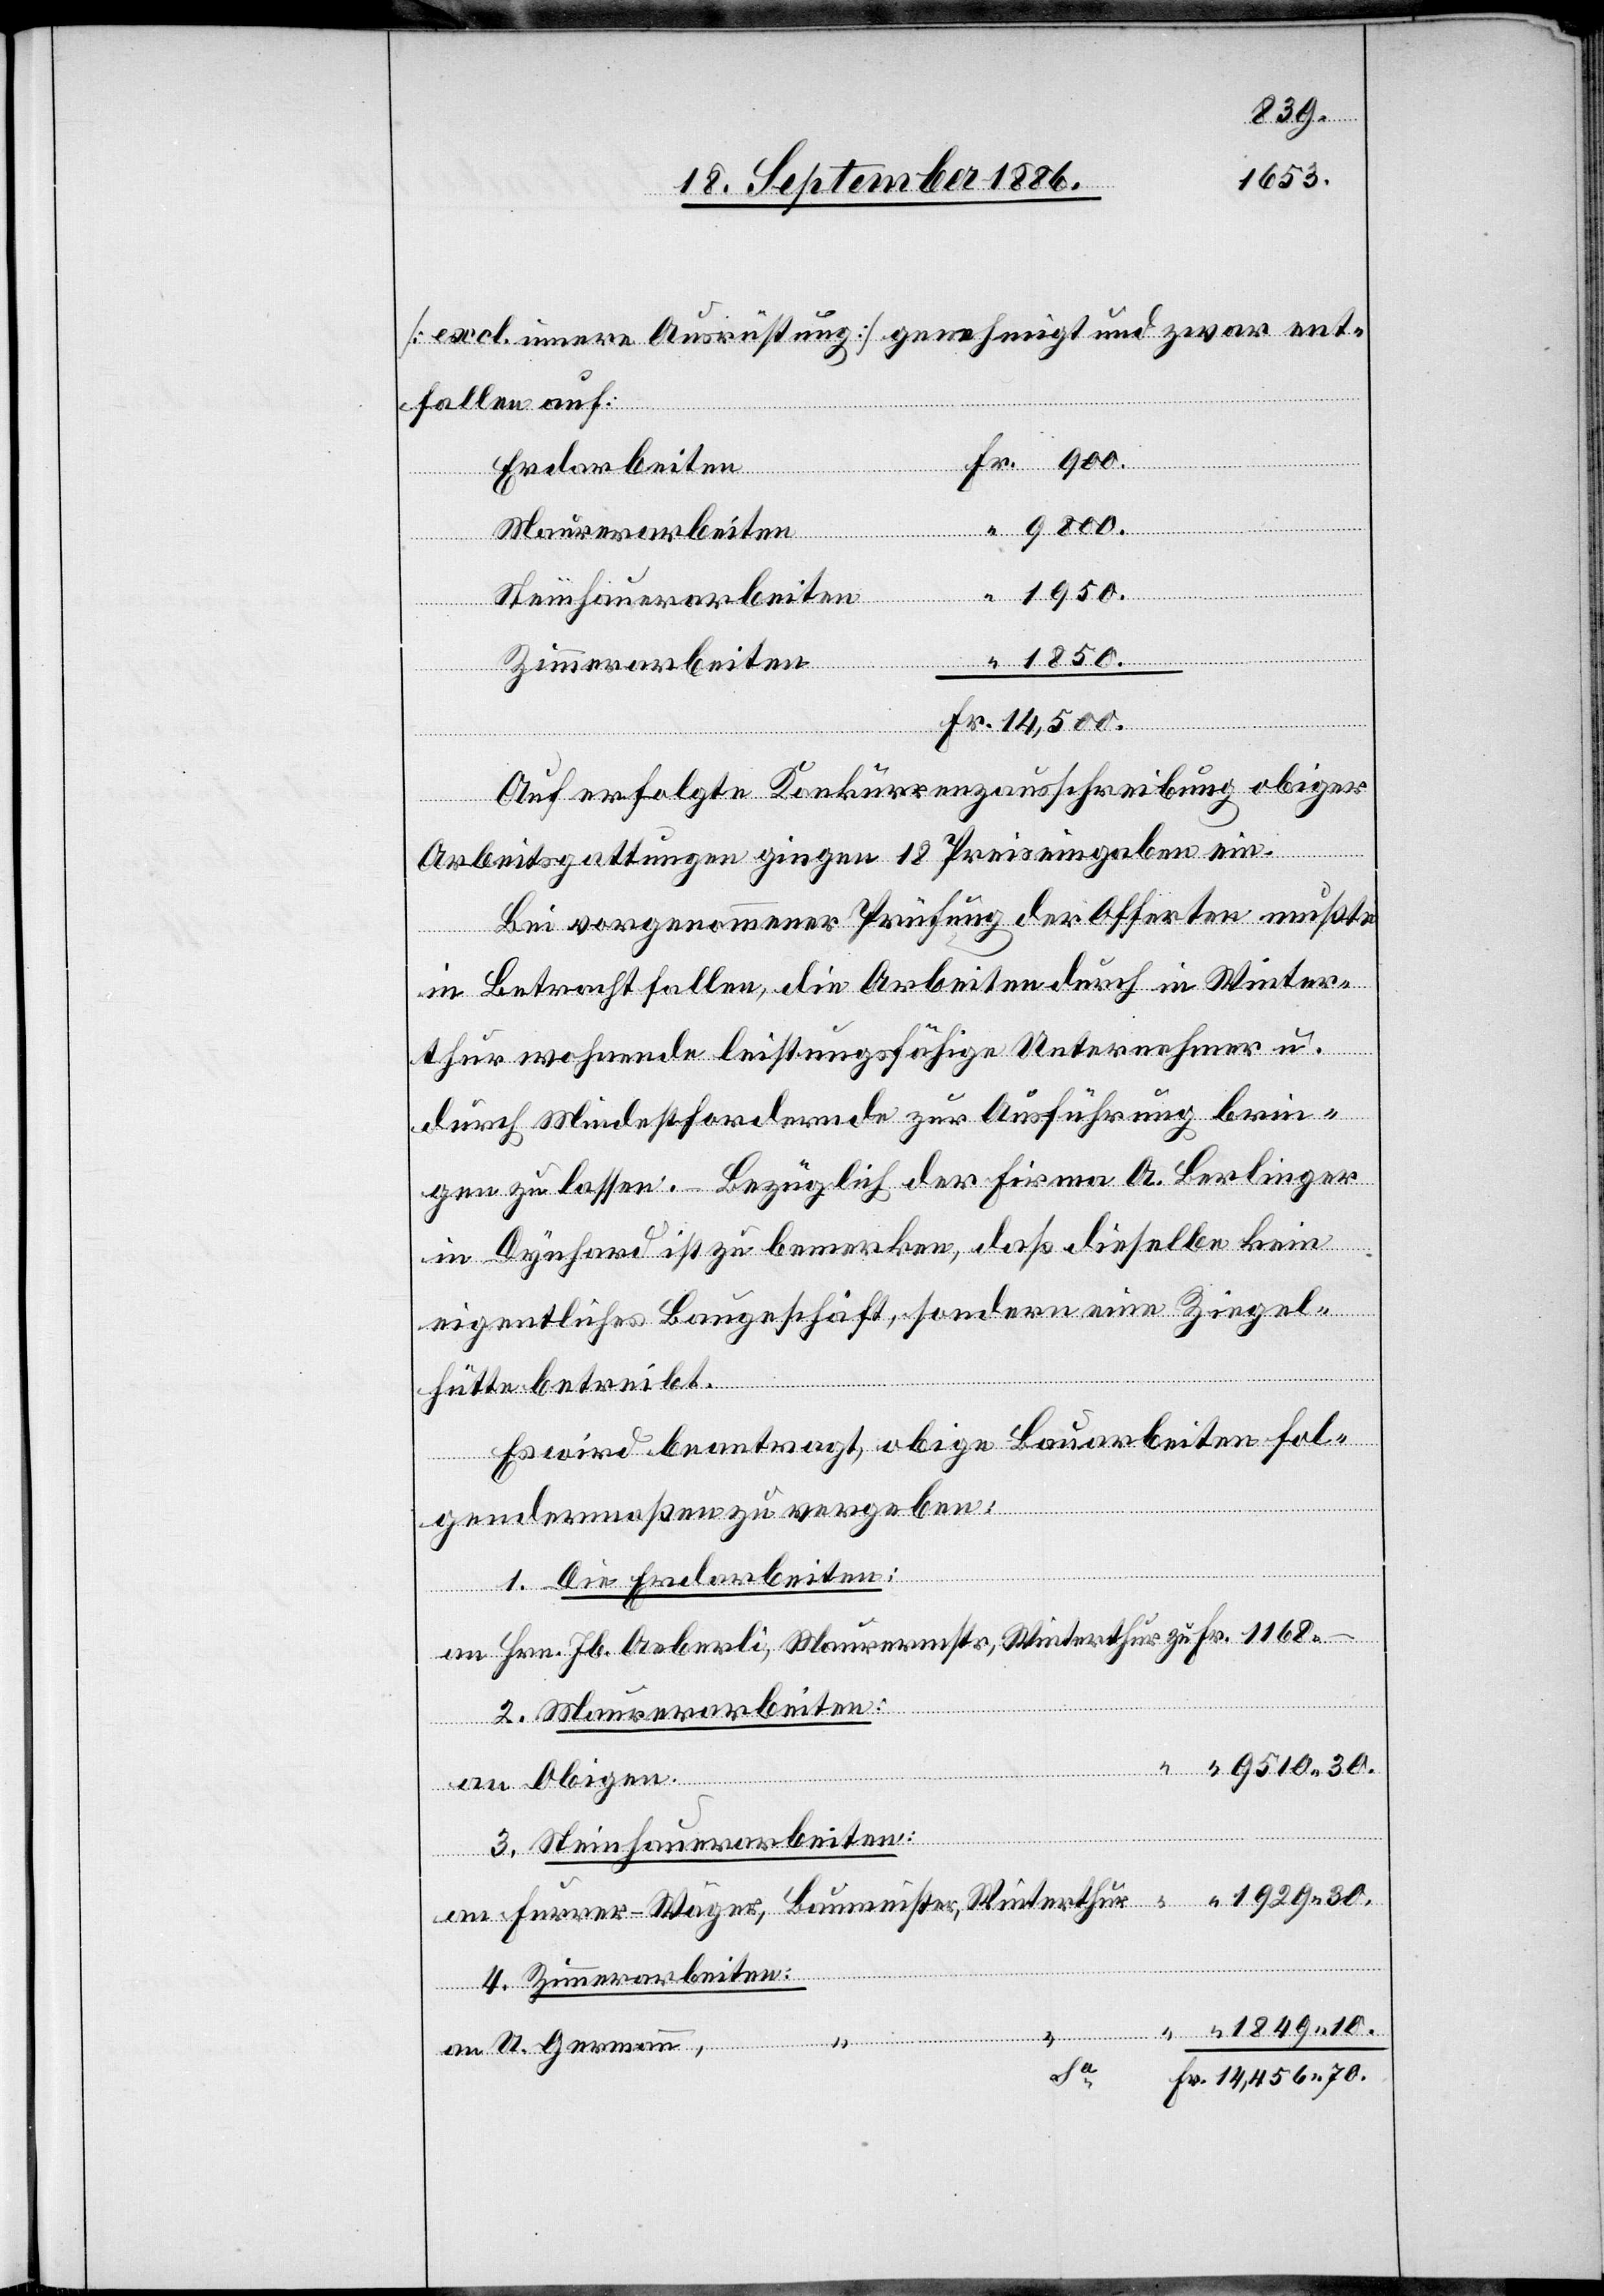
1929 30.
[excl. innere Ausrüstung] genehmigt und zwar ent¬
fallen auf:
Erdarbeiten
thur
Maurerarbeiten
an
Steinhauerarbeiten
Winter¬
Auf erfolgte Konkurrenzausschreibung obiger
Arbeitsgattungen gingen 18 Preiseingaben ein.
Bei vorgenommener Prüfung der Offerten mußte
in Betracht fallen, die Arbeiten durch in Winter¬
thur wohnende leistungsfähige Unternehmer u.
durch Mindestfordernde zur Ausführung brin¬
gen zu lassen. – Bezüglich der Firma A. Berlinger
in Dynhard ist zu bemerken, daß dieselbe kein
eigentliches Baugeschäft, sondern eine Ziegel¬
hütte betreibt.
Es wird beantragt, obige Bauarbeiten fol¬
gendermaßen zu vergeben:
1. Die Erdarbeiten:
2. Maurerarbeiten:
an Obigen.
3. Steinhauerarbeiten:
4. Zimmerarbeiten
an U. Germann,
70.